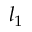
l _ { 1 }